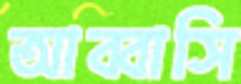
আব্বাসি